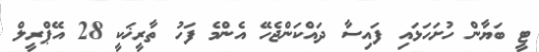
ޓީ ބަޔާން ހުށަހަޅައި ފައިސާ ދައްކަންޖެހޭ އެންމެ ފަހު ތާރީޚަކީ 28 އޭޕްރީލް